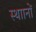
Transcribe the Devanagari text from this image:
स्थाानों